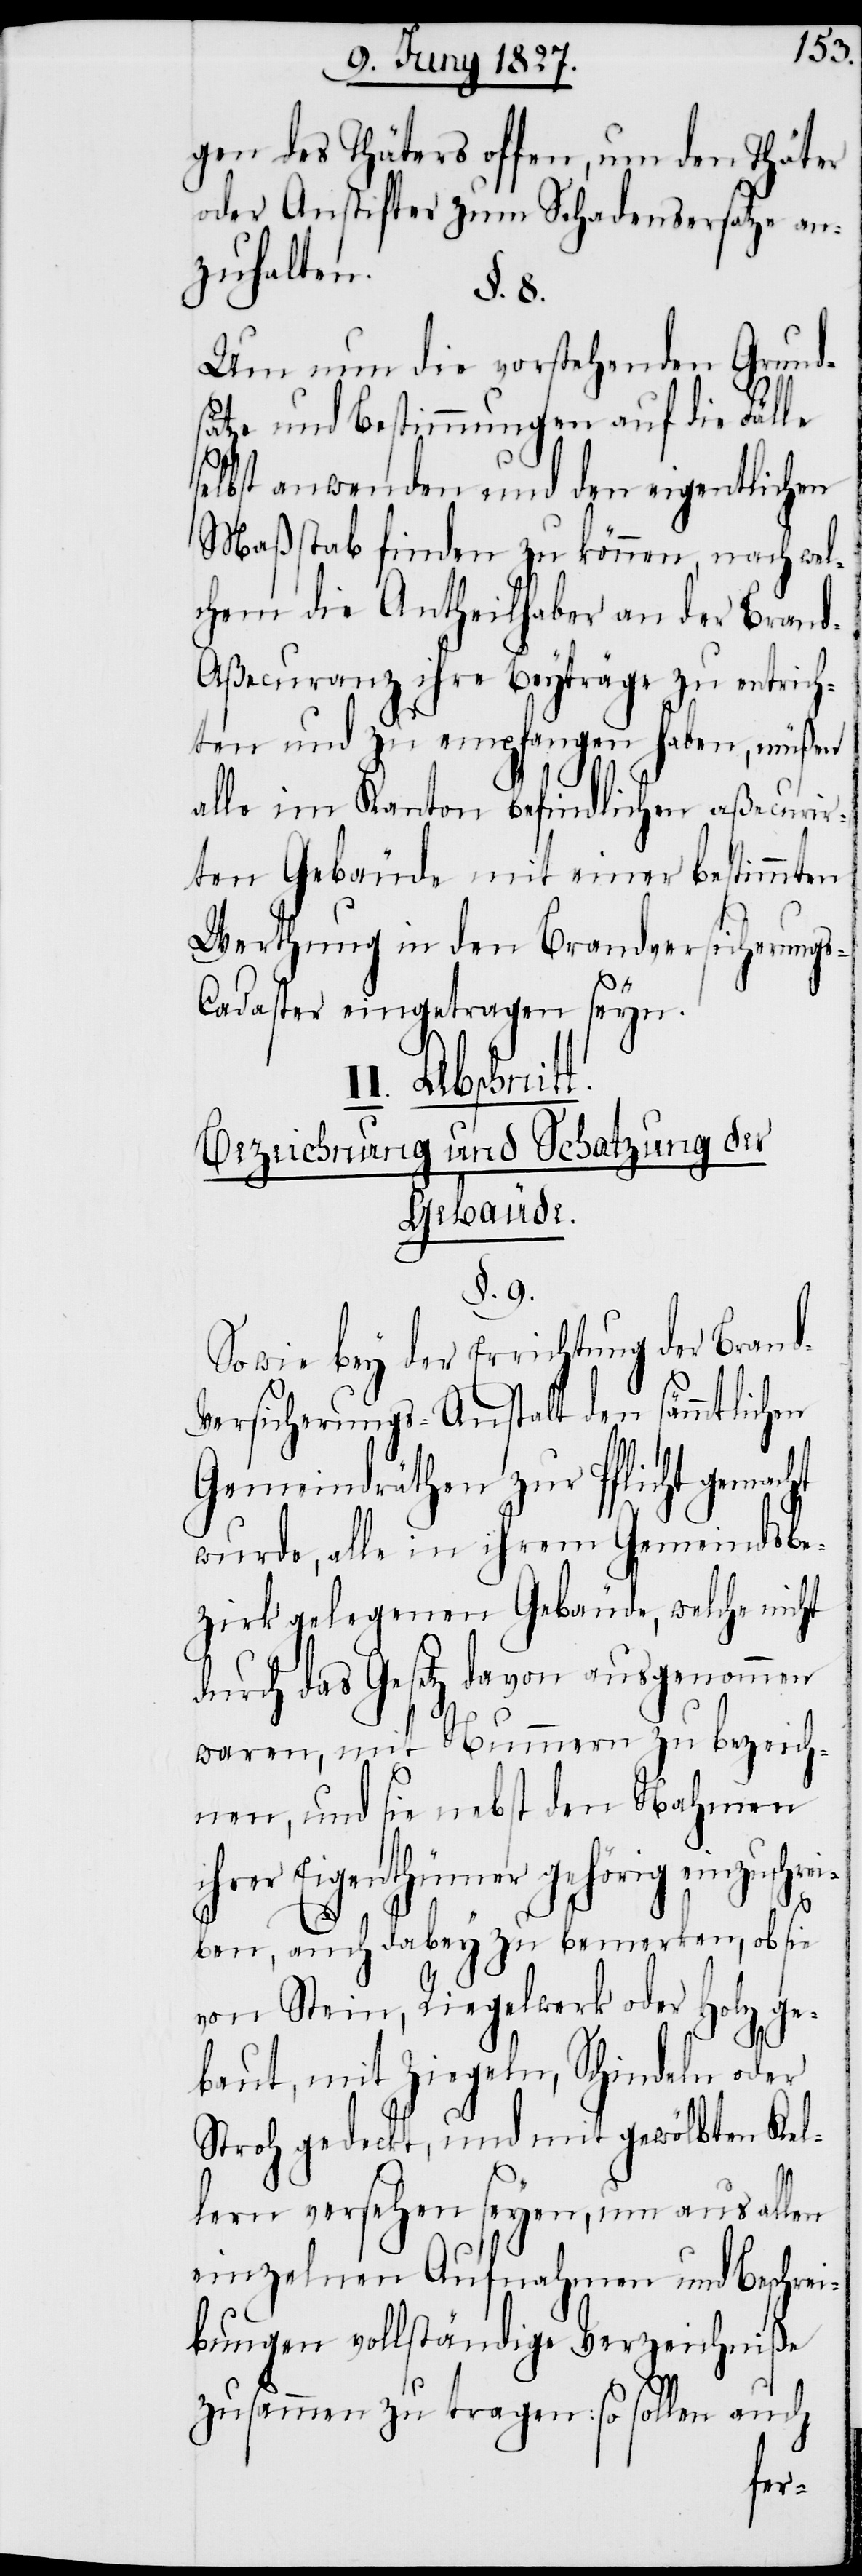
gen des Thäters offen, um den Thäter
oder Anstifter zum Schadensersatze an¬
zuhalten.
§. 8.
Um nun die vorstehenden Grund¬
sätze und Bestimmungen auf die Fälle
selbst anwenden und den eigentlichen
Maßstab finden zu können, nach wel¬
chem die Antheilhaber an der Bran¬
d-Aßecuranz ihre Beyträge zu entrich¬
ten und zu empfangen haben, müßen
alle im Kanton befindlichen aßecurir¬
ten Gebäude mit einer bestimmten
Werthung in den Brandversicherung¬
d-V¬
s-Cadaster eingetragen seyn.
II. Abschnitt.
Bezeichnung und Schatzung der
Gebäude.
§. 9.
Sowie bey der Errichtung der Bran¬
ersicherungs-Anstalt den sämmtlichen
Gemeindräthen zur Pflicht gemacht
wurde, alle in ihrem Gemeindsbe¬
zirk gelegenen Gebäude, welche nicht
durch das Gesetz davon ausgenommen
waren, mit Nummern zu bezeich¬
nen, und sie nebst den Nahmen
ihrer Eigenthümer gehörig einzuschre¬
iben, auch dabey zu bemerken, ob sie
von Stein, Riegelwerk oder Holz ge¬
baut, mit Ziegeln, Schindeln oder
Stroh gedeckt, und mit gewölbten Kel¬
lern versehen seyen, um aus allen
einzelnen Aufnahmen und Beschrei¬
bungen vollständige Verzeichniße
zusammen zu tragen: so sollen auch